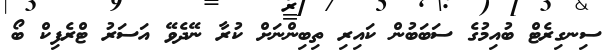
ސިނގިރެޓް ބުއިމުގެ ސަބަބުން ކައިރި ތިބިންނަށް ކުރާ ނޭދެވޭ އަސަރު ޓްރެފިކް ބޯ